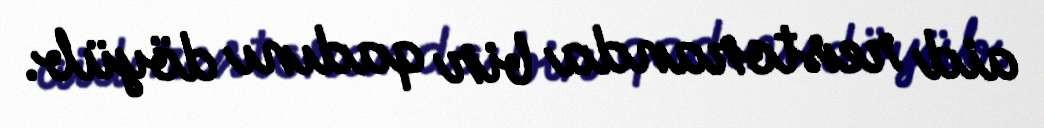
aid restoranda bir qadını döyüb.